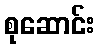
စုဆောင်း